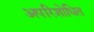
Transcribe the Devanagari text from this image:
अपरिशोधित